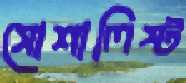
সোশালিস্ট